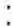
: